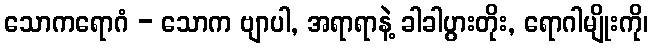
သောကရောဂံ - သောက ဗျာပါ, အရာရာနဲ့ ခါခါပွားတိုး, ရောဂါမျိုးကို၊